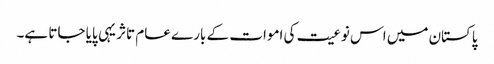
پاکستان میں اس نوعیت کی اموات کے بارے عام تاثر یہی پایا جاتا ہے۔